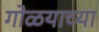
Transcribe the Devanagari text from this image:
गोळयाच्या